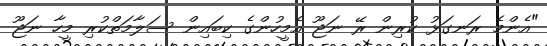
"އެންމެ ރަނގަޅު ކުރިން ރޭ ނަޖޫ އެމީހުންގެ ކިބައިން ސަލާމަތްކުރި މީހާ ނަޖޫ